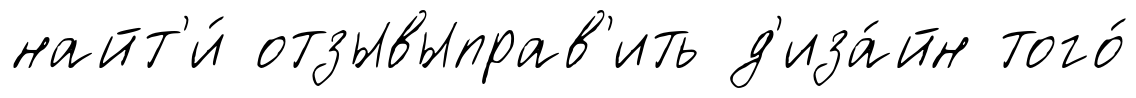
найт'и́ отзывыправ'ить д'иза́йн того́